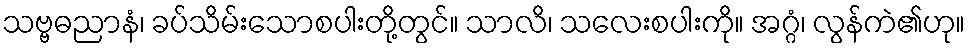
သဗ္ဗဓညာနံ၊ ခပ်သိမ်းသောစပါးတို့တွင်။ သာလိ၊ သလေးစပါးကို။ အဂ္ဂံ၊ လွန်ကဲ၏ဟု။